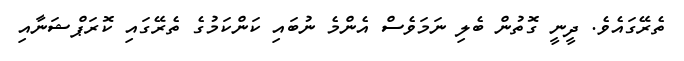
ތެރޭގައެވެ. ދީނީ ގޮތުން ބެލި ނަމަވެސް އެންމެ ނުބައި ކަންކަމުގެ ތެރޭގައި ކޮރަޕްޝަނާއި